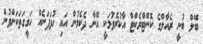
ބޭލް ބުނީ ރެއާލްގެ ކޮންޓްރެކްޓް އާކުރެވުމަކީ އޭނާ ދެކެމުން އައި ހުވަފަނެއް ހަގީގަތަކަށްވުން